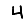
Digit: 4